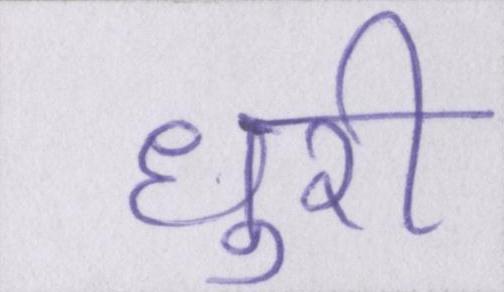
धुरी